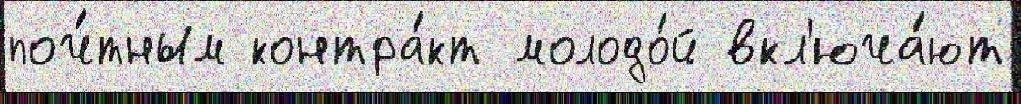
поч́тным контра́кт молодо́й вкл'юча́ют